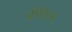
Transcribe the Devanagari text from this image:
कंछल